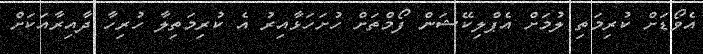
އެވޯޑަށް ކުރިމަތި ލުމަށް އެޕްލިކޭޝަން ފޯމްތަށް ހުށަހަޅާއިރު އެ ކުރިމަތިލާ ހުރިހާ ދާއިރާއަކަށް